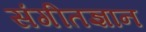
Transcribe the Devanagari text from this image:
संगीतज्ञान